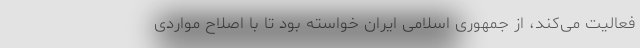
فعالیت می‌کند، از جمهوری اسلامی ایران خواسته بود تا با اصلاح مواردی